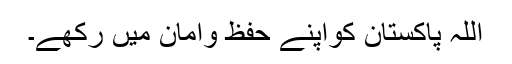
اللہ پاکستان کواپنے حفظ وامان میں رکھے۔